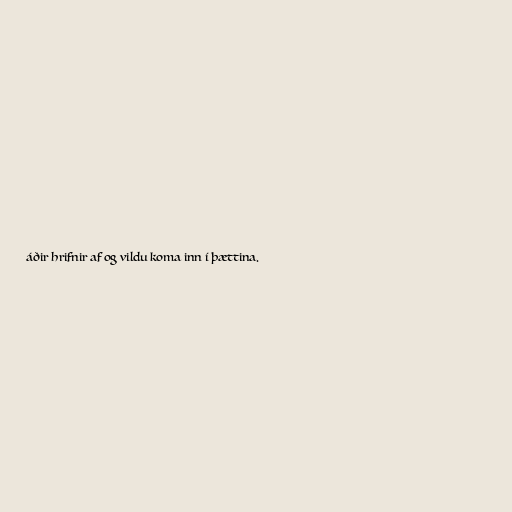
áðir hrifnir af og vildu koma inn í þættina.